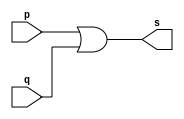
// ------------------------- 
// Exercicio0010 - OR	
// Nome: Rodrigo Arruda de Assis 
// ------------------------- 


// ------------------------- 
// -- or gate 
// ------------------------- 
	module orgate ( output s, 
	input p, 
	input q); 
	assign s = p | q ; 
	endmodule // orgate 

// --------------------- 
// -- test or gate 
// --------------------- 
	module testorgate; 

// ------------------------- dados locais 
	reg a, b, c; // definir registradores 
	wire s, s1; // definir conexao (fio) 
	
// ------------------------- instancia 
	orgate OR1 (s1, a, b); 
	orgate OR2 (s, s1, c);
	
// ------------------------- preparacao 
	initial begin:start 
// atribuicao simultanea 
// dos valores iniciais 
	a=0; b=0; c=0; 
end 
// ------------------------- parte principal 
	initial begin 
	$display("Exercicio0010 - Rodrigo Arruda de Assis - 427460"); 
	$display("Test OR gate"); 
	$display("\na |  b | c = s\n"); 
		a=0; b=0; c=0; 
	#1 $display("%b & %b & %b = %b", a, b, c, s); 
		a=0; b=0; c=1; 
	#1 $display("%b & %b & %b = %b", a, b, c, s); 
		a=0; b=1; c=0; 
	#1 $display("%b & %b & %b = %b", a, b, c, s); 
		a=0; b=1; c=1; 
	#1 $display("%b & %b & %b = %b", a, b, c, s); 
		a=1; b=0; c=0; 
	#1 $display("%b & %b & %b = %b", a, b, c, s);
		a=1; b=0; c=1; 
	#1 $display("%b & %b & %b = %b", a, b, c, s);
		a=1; b=1; c=0; 
	#1 $display("%b & %b & %b = %b", a, b, c, s);
		a=1; b=1; c=1; 
	#1 $display("%b & %b & %b = %b", a, b, c, s);
end 
endmodule // testorgate